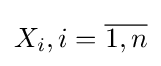
X_{i},i={\overline {1,n}}